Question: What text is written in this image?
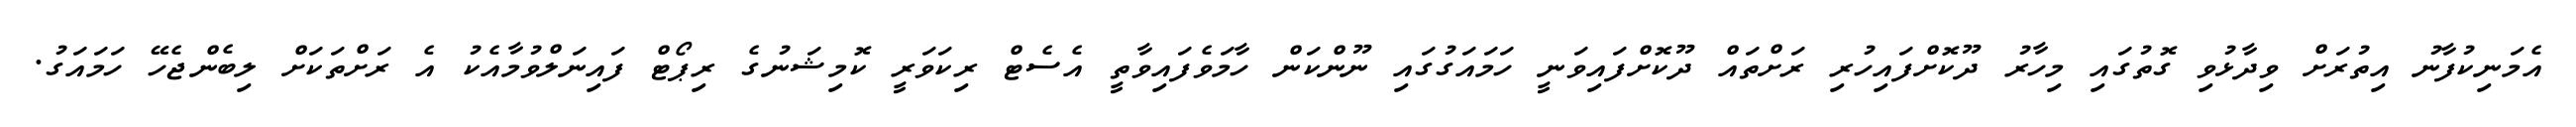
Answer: އެމަނިކުފާނު އިތުރަށް ވިދާޅުވި ގޮތުގައި މިހާރު ދޫކޮށްފައިހުރި ރަށްތައް ދޫކޮށްފައިވަނީ ހަމައަގުގައި ނޫންކަން ހާމަވެފައިވާތީ އެސެޓް ރިކަވަރީ ކޮމިޝަނުގެ ރިޕޯޓް ފައިނަލްވުމާއެކު އެ ރަށްތަކަށް ލިބެންޖެހޭ ހަމައަގު.